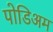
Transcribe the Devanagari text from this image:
पोडिअम